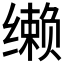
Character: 𰬼